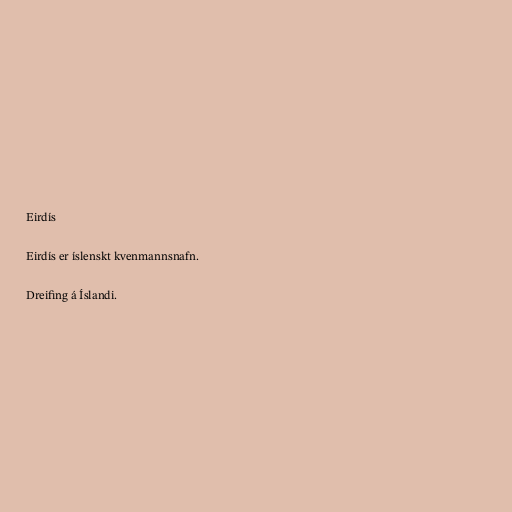
Eirdís

Eirdís er íslenskt kvenmannsnafn.

Dreifing á Íslandi.